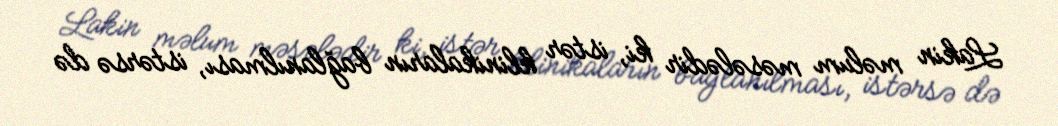
Lakin məlum məsələdir ki, istər klinikaların bağlanılması, istərsə də